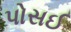
પોસઈ